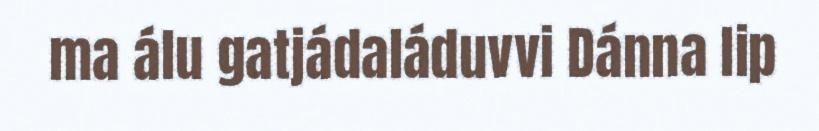
ma álu gatjádaláduvvi Dánna lip